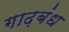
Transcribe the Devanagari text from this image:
गाढ़बंध